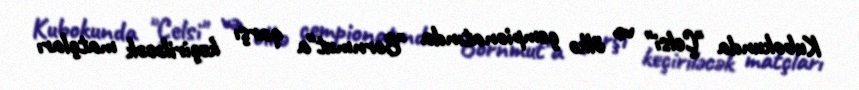
Kubokunda "Çelsi" və ölkə çempionatında "Bornmut"a qarşı keçiriləcək matçları